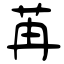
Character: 苒